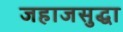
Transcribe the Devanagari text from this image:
जहाजसुद्धा